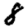
Digit: 8